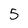
Character: 5